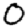
Digit: 0